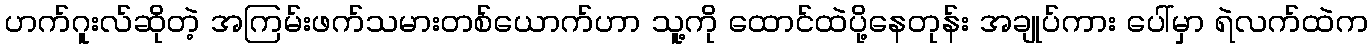
ဟက်ဂူးလ်ဆိုတဲ့ အကြမ်းဖက်သမားတစ်ယောက်ဟာ သူ့ကို ထောင်ထဲပို့နေတုန်း အချုပ်ကား ပေါ်မှာ ရဲလက်ထဲက